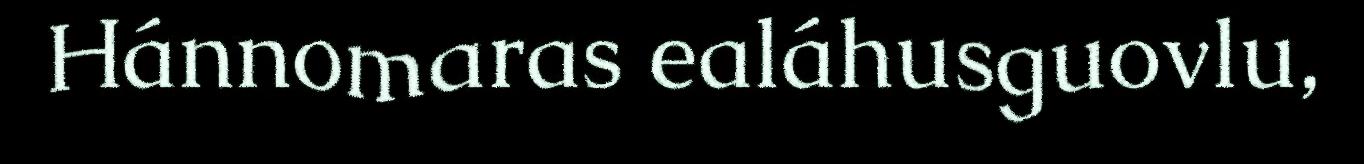
Hánnomaras ealáhusguovlu,